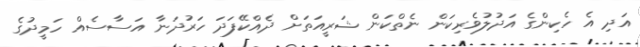
އަދި އެ ހެކިންގެ އަދުލުވެރިކަން ނެތްކަން ޝަރީއަތަށް ދެއްކޭފަދަ ހަރުދަނާ އަސާސެއް ހަމީދުގެ